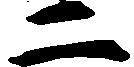
二